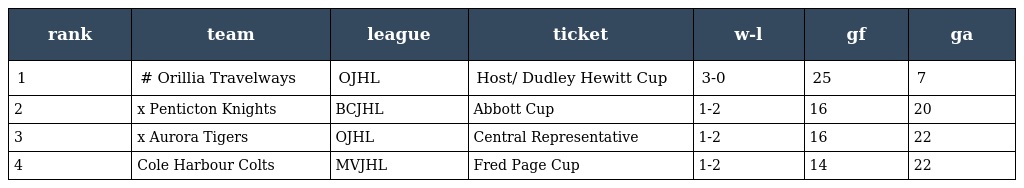
| rank | team | league | ticket | w-l | gf | ga |
 | --- | --- | --- | --- | --- | --- | --- |
 | 1 | # Orillia Travelways | OJHL | Host/ Dudley Hewitt Cup | 3-0 | 25 | 7 |
 | 2 | x Penticton Knights | BCJHL | Abbott Cup | 1-2 | 16 | 20 |
 | 3 | x Aurora Tigers | OJHL | Central Representative | 1-2 | 16 | 22 |
 | 4 | Cole Harbour Colts | MVJHL | Fred Page Cup | 1-2 | 14 | 22 |